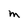
Character: M